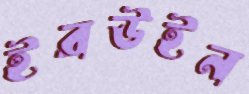
ইরউইন